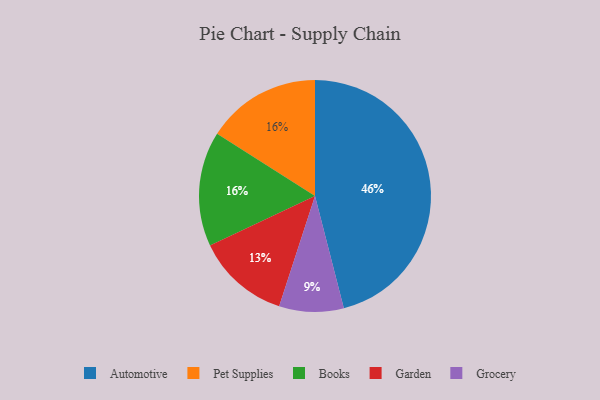
{"axis": {"x": "Category", "y": "Percentage"}, "legend": ["Automotive", "Books", "Garden", "Grocery", "Pet Supplies"], "data": [{"x": "Grocery", "y": 9, "type": "Grocery"}, {"x": "Automotive", "y": 46, "type": "Automotive"}, {"x": "Pet Supplies", "y": 16, "type": "Pet Supplies"}, {"x": "Garden", "y": 13, "type": "Garden"}, {"x": "Books", "y": 16, "type": "Books"}]}